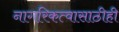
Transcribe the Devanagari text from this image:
नागरिकत्वासाठीही